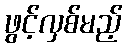
ဖွင့်လှစ်မည့်